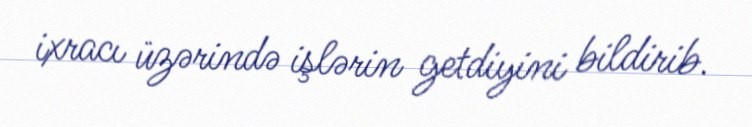
ixracı üzərində işlərin getdiyini bildirib.